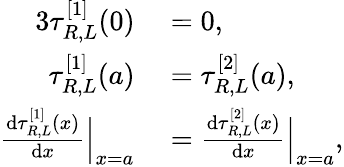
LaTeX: \begin{array}{rl}{{3}\tau_{R,L}^{[1]}(0)}&{{}=0,}\\ {\tau_{R,L}^{[1]}(a)}&{{}=\tau_{R,L}^{[2]}(a),}\\ {\frac{\mathrm{d}\tau_{R,L}^{[1]}(x)}{\mathrm{d}x}\Big|_{x=a}}&{{}=\frac{\mathrm{d}\tau_{R,L}^{[2]}(x)}{\mathrm{d}x}\Big|_{x=a},}\end{array}